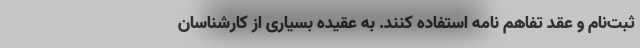
ثبت‌نام و عقد تفاهم نامه استفاده کنند. به عقیده بسیاری از کارشناسان